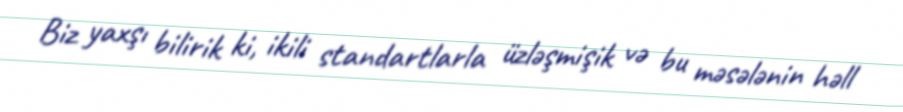
Biz yaxşı bilirik ki, ikili standartlarla üzləşmişik və bu məsələnin həll